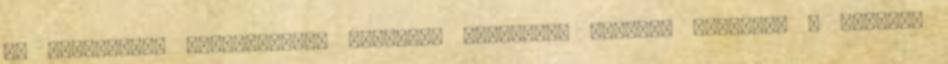
az iszlamista szervezetből kikerült államfőt, Mohamed Murszit. A napilap